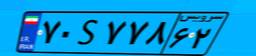
۶۵S۳۳۴۴۹